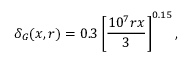
\delta _ { G } ( x , r ) = 0 . 3 \left[ \frac { 1 0 ^ { 7 } r x } { 3 } \right] ^ { 0 . 1 5 } ,